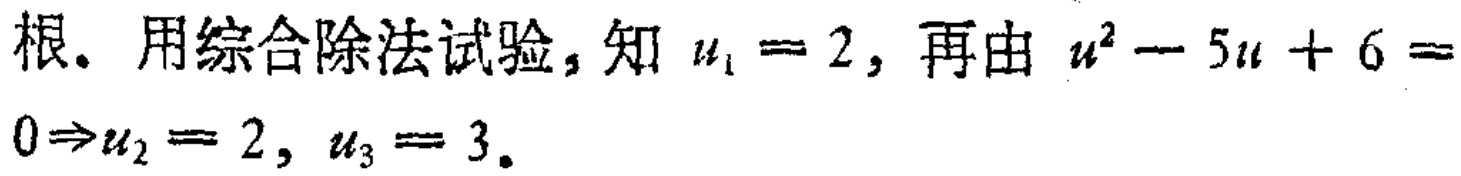
根。用综合除法试验，知\(u_{1}=2\)，再由\(u^{2}-5u + 6 = 0\Rightarrow u_{2}=2,\ u_{3}=3\)。